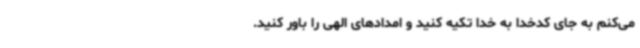
می‌کنم به جای کدخدا به خدا تکیه کنید و امدادهای الهی را باور کنید.